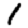
Digit: 1